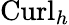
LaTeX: {\mathrm{Curl}_{h}}